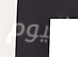
اليوم